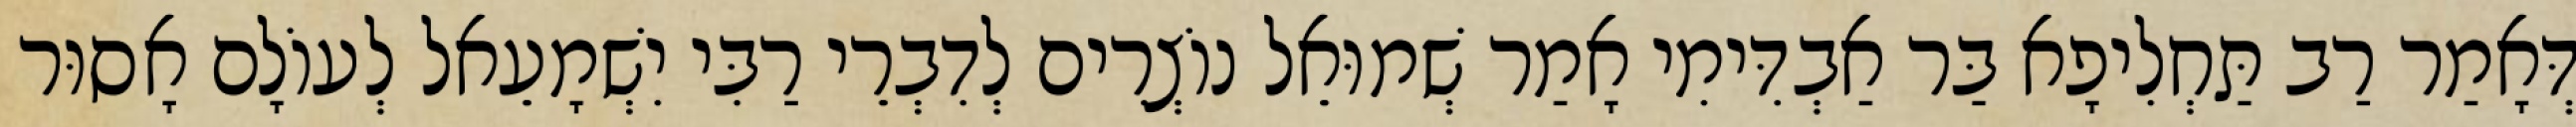
דְּאָמַר רַב תַּחְלִיפָא בַּר אַבְדִּימִי אָמַר שְׁמוּאֵל נוֹצְרִים לְדִבְרֵי רַבִּי יִשְׁמָעֵאל לְעוֹלָם אָסוּר